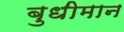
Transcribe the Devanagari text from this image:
बुधीमान